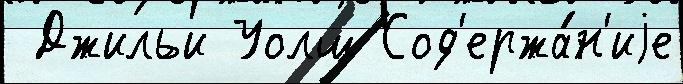
 Джильи Уолш Сод'ержа́н'иjе